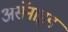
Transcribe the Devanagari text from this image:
अर्सेनाइड